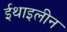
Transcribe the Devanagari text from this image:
ईथाइलीन